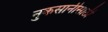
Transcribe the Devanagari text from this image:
नुकसानीसाठी